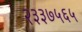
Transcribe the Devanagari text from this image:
२३३७५६५